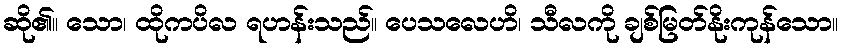
ဆို၏။ သော၊ ထိုကပိလ ရဟန်းသည်။ ပေသလေဟိ၊ သီလကို ချစ်မြတ်နိုးကုန်သော။